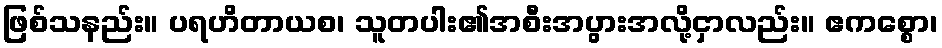
ဖြစ်သနည်း။ ပရဟိတာယစ၊ သူတပါး၏အစီးအပွားအလို့ငှာလည်း။ ဧကစ္စော၊